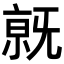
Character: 𣄶